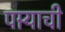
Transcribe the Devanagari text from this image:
पार्‍याची